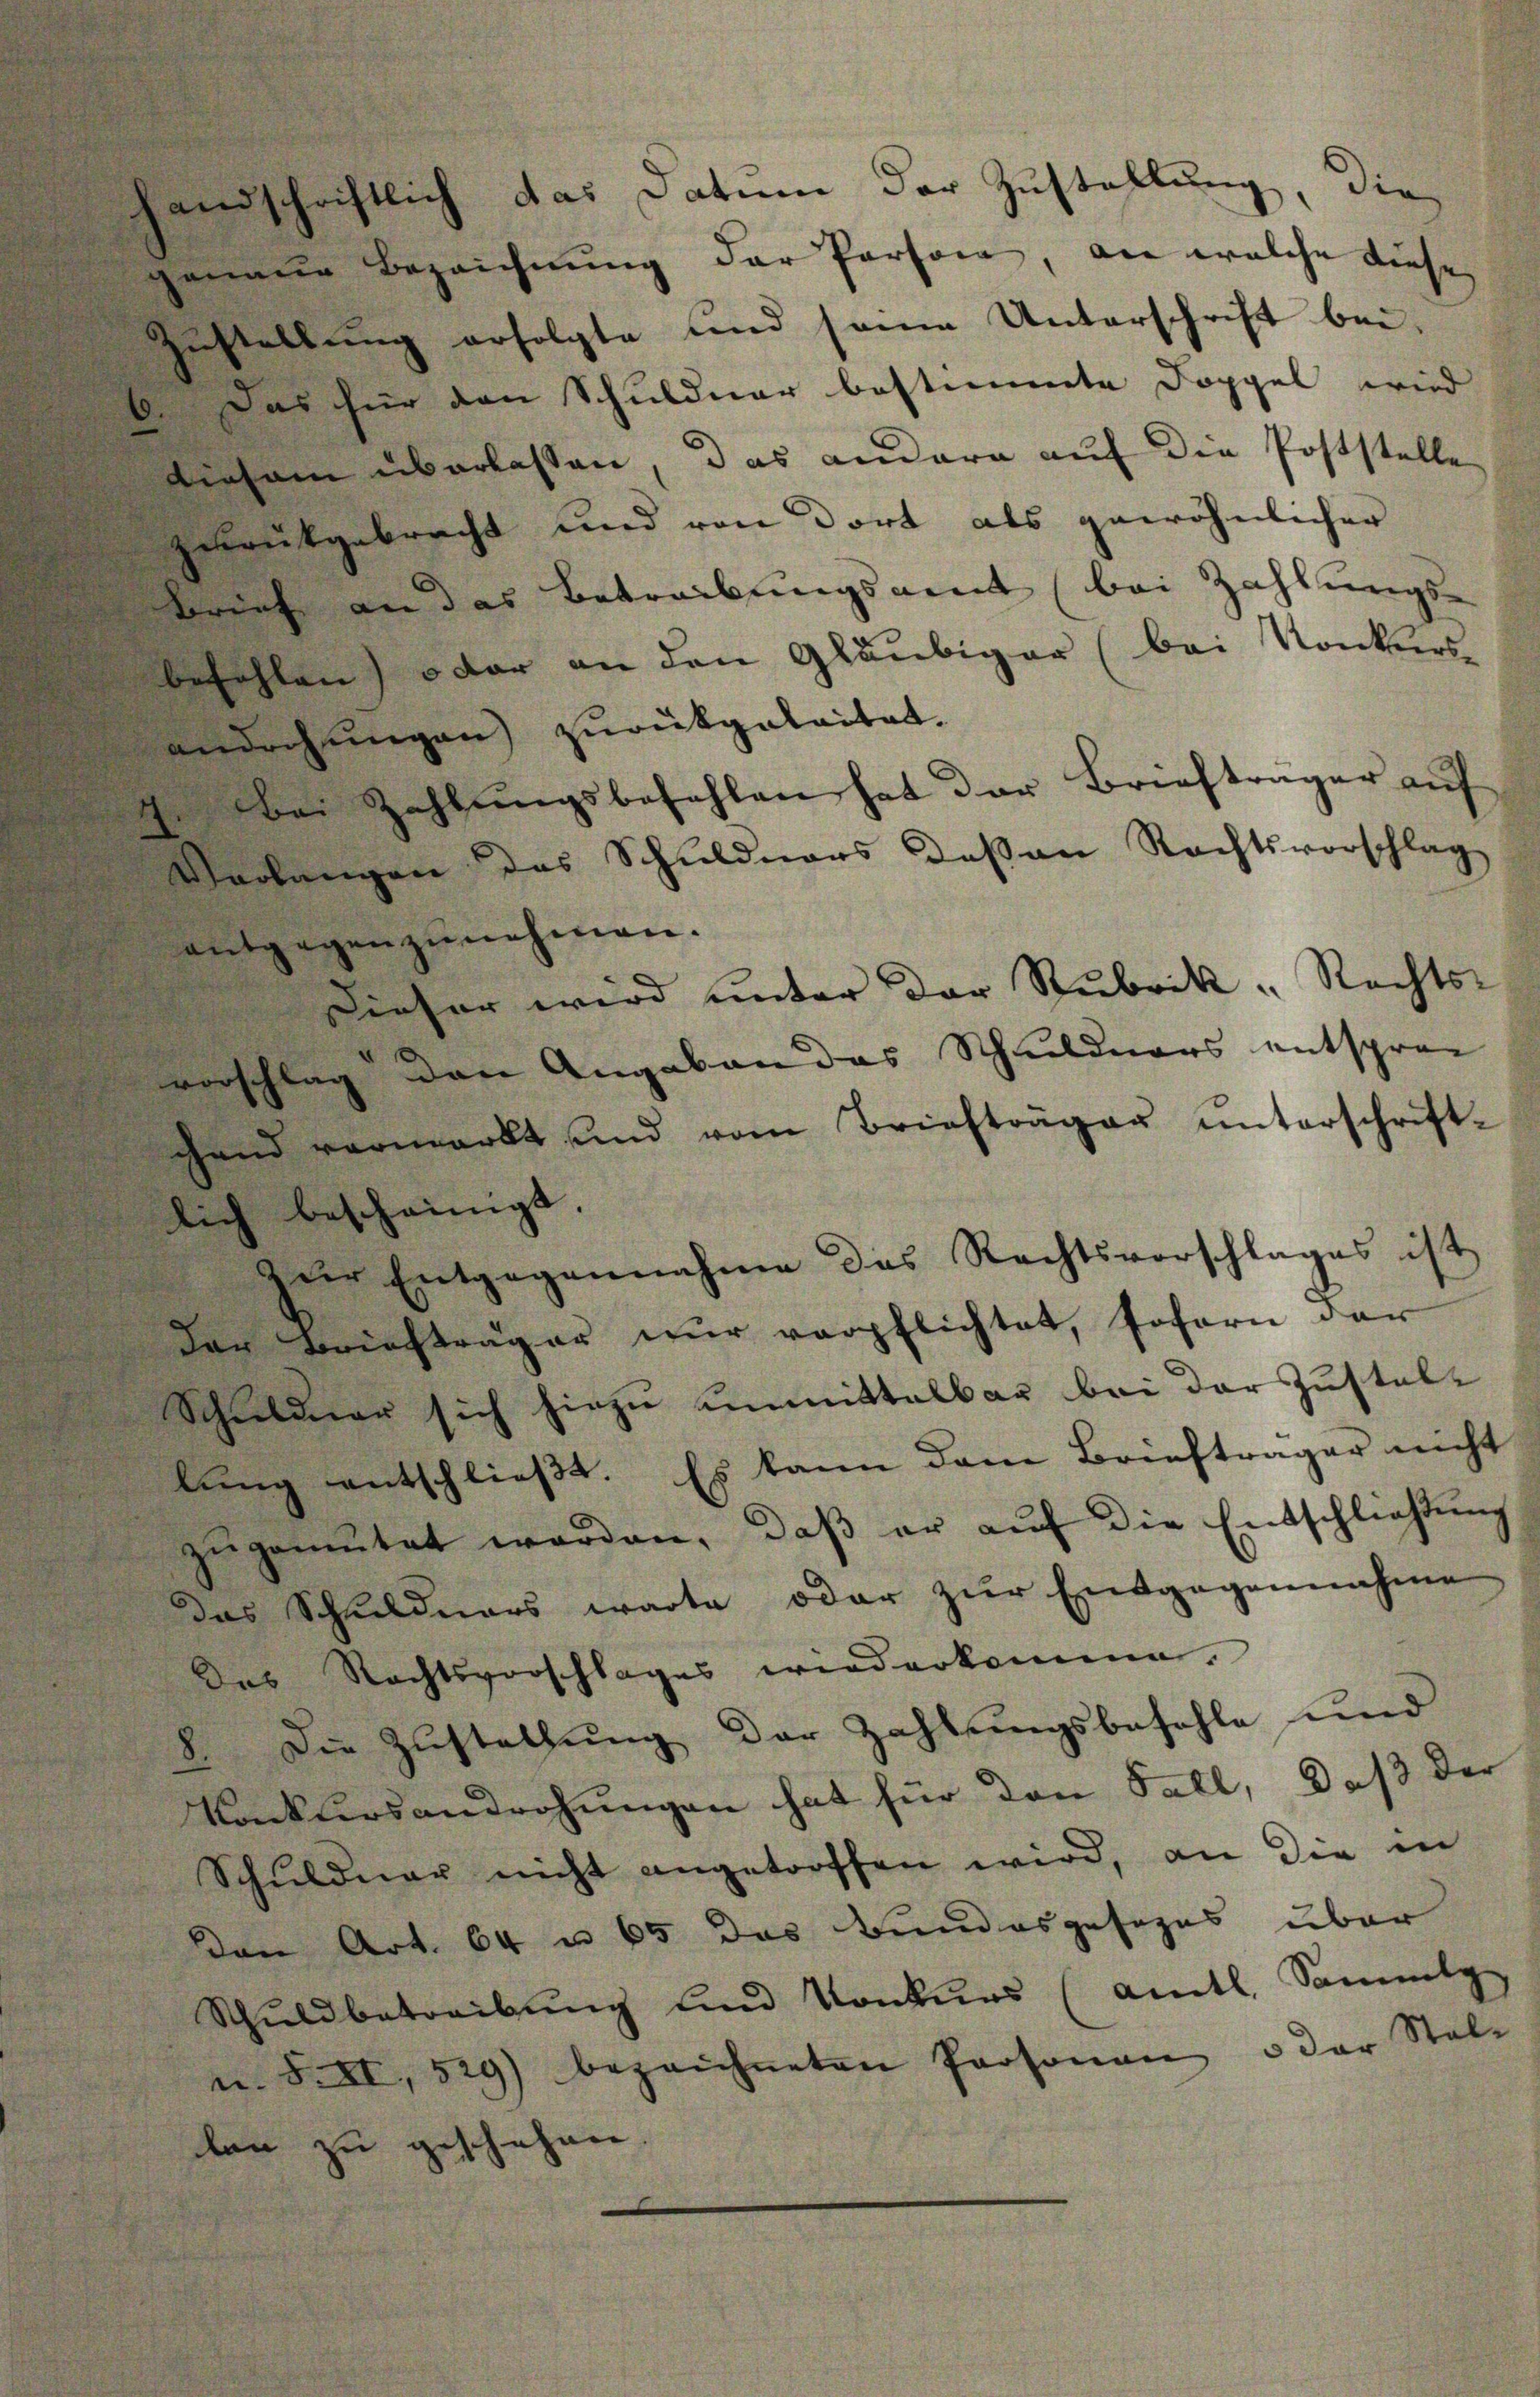
andschriftlich das Datum der Zustellung, die
heiner Bezeichnung der Person, an welche diese
estellung erfolgte und seine Unterschrift bei,
Das für den Schuldner bestimmte Doppel wird
Diesem überlassen, das andern auf die Poststelle
ereitgebracht und von dort als gewöhnlicher
Brief an das Betreibungsamt (bei Zahlungs-
befehlen) oder an den Gläubiger (bei Konkursandrohŭngen zŭrückgeleitet.
bei Zahlŭngsbefehlen hat der Briefträger aŭf
Welangen das Schuldners deßen Rechtsvorschlag
entgegenzŭnehmen.
Sieher wird ŭnter der Rubrik „Rechts-
anschlag den Angaben das Schuldners entsprec
gand vermarkt und vom Briefträger ŭnterschrift-
lich bescheinigt.
zŭr Entgegennahme das Rechtsvorschlages ist
Der Briefträger nur verpflichtet, sofern der
Schuldner sich hiezu unmittelbar bei der Zustellung entschließt. Es kann dem Briefträger nicht
zŭgemŭtet worden, daβ er aŭf die Entschließung
das Schuldners warte oder zur Entgegennahme
Das Rechtsvorschlages wiederkomme.
Die Zustellung der Zahlungsbefehle und
Konkursandrohungen hat für den Fall, daß der
Schuldner nicht angetroffen wird, an die in
Von Art. 64 u 65 das Bundesgesezes über
Schuldbetreibung und Konkurs (amtl. Sammlg
n. F. II, 529) bezeichneten Personen u der Stel-
len zu geschehen.